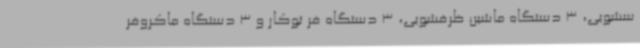
سشویی، 3 دستگاه ماشین ظرفشویی، 3 دستگاه فر توکار و 3 دستگاه ماکروفر